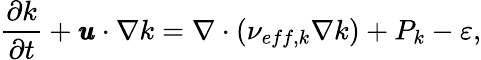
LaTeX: \frac{\partial k}{\partial t}+\pmb{u}\cdot\nabla k=\nabla\cdot\left(\nu_{eff,k}\nabla k\right)+P_{k}-\varepsilon,